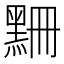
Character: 𪑃